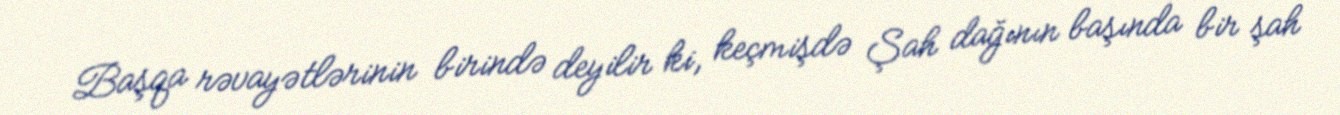
Başqa rəvayətlərinin birində deyilir ki, keçmişdə Şah dağının başında bir şah